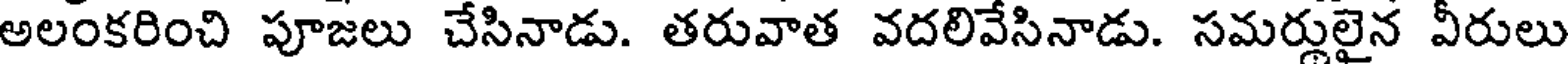
అలంకరించి పూజలు చేసినాడు. తరువాత వదలివేసినాడు. సమర్లులైన వీరులు